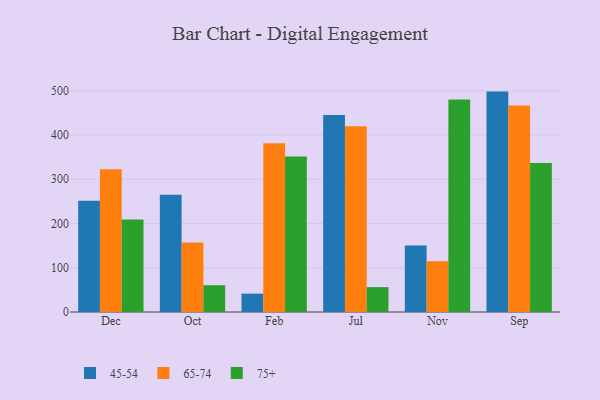
{"axis": {"x": "Month", "y": "Operating Costs (USD K)"}, "legend": ["45-54", "65-74", "75+"], "data": [{"x": "Dec", "y": 251.5, "type": "45-54"}, {"x": "Dec", "y": 322.6, "type": "65-74"}, {"x": "Dec", "y": 208.9, "type": "75+"}, {"x": "Oct", "y": 264.9, "type": "45-54"}, {"x": "Oct", "y": 157.0, "type": "65-74"}, {"x": "Oct", "y": 60.5, "type": "75+"}, {"x": "Feb", "y": 41.5, "type": "45-54"}, {"x": "Feb", "y": 381.5, "type": "65-74"}, {"x": "Feb", "y": 351.7, "type": "75+"}, {"x": "Jul", "y": 445.2, "type": "45-54"}, {"x": "Jul", "y": 419.7, "type": "65-74"}, {"x": "Jul", "y": 56.2, "type": "75+"}, {"x": "Nov", "y": 150.4, "type": "45-54"}, {"x": "Nov", "y": 114.5, "type": "65-74"}, {"x": "Nov", "y": 480.0, "type": "75+"}, {"x": "Sep", "y": 498.1, "type": "45-54"}, {"x": "Sep", "y": 466.6, "type": "65-74"}, {"x": "Sep", "y": 336.9, "type": "75+"}]}